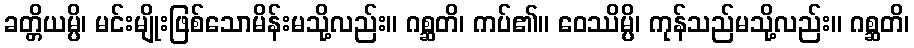
ခတ္တိယမ္ပိ၊ မင်းမျိုးဖြစ်သောမိန်းမသို့လည်း။ ဂစ္ဆတိ၊ ကပ်၏။ ဝေဿိမ္ပိ၊ ကုန်သည်မသို့လည်း။ ဂစ္ဆတိ၊